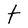
Character: t